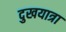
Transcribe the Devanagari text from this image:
दुखयात्रा